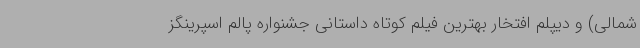
شمالی) و دیپلم افتخار بهترین فیلم کوتاه داستانی جشنواره پالم اسپرینگز